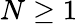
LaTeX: N\geq 1